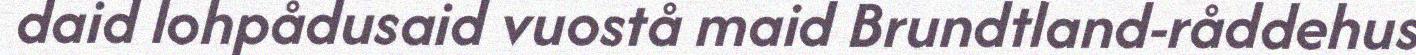
daid lohpådusaid vuostå maid Brundtland-råddehus